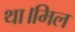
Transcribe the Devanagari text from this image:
था।मिल